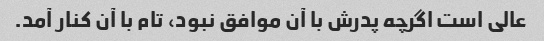
عالی است اگرچه پدرش با آن موافق نبود، تام با آن کنار آمد.